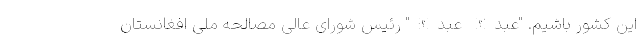
این کشور باشیم. "عبدالله عبدالله" رئیس شورای عالی مصالحه ملی افغانستان